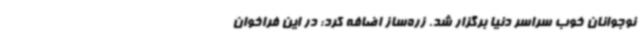
نوجوانان خوب سراسر دنیا برگزار شد. زره‌ساز اضافه کرد: در این فراخوان